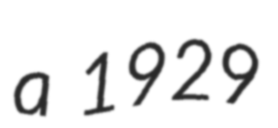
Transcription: a 1929